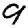
Digit: 9